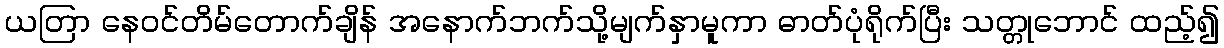
ယတြာ နေဝင်တိမ်တောက်ချိန် အနောက်ဘက်သို့မျက်နှာမူကာ ဓာတ်ပုံရိုက်ပြီး သတ္တုဘောင် ထည့်၍